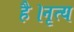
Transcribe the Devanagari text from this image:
है।नृत्य